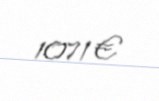
1071 €